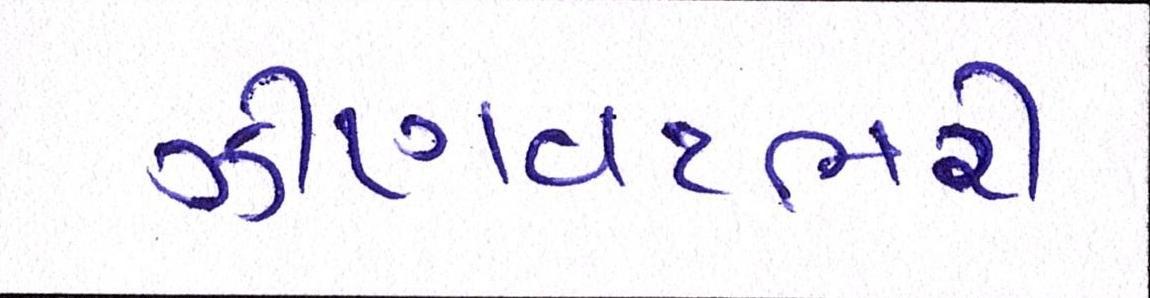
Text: ઝીણવટભરી